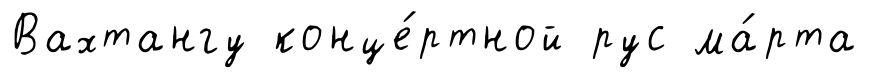
Вахтангу конце́ртной рус ма́рта